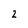
Character: 2